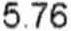
5.76